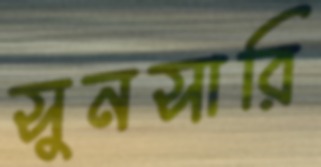
সুনসারি